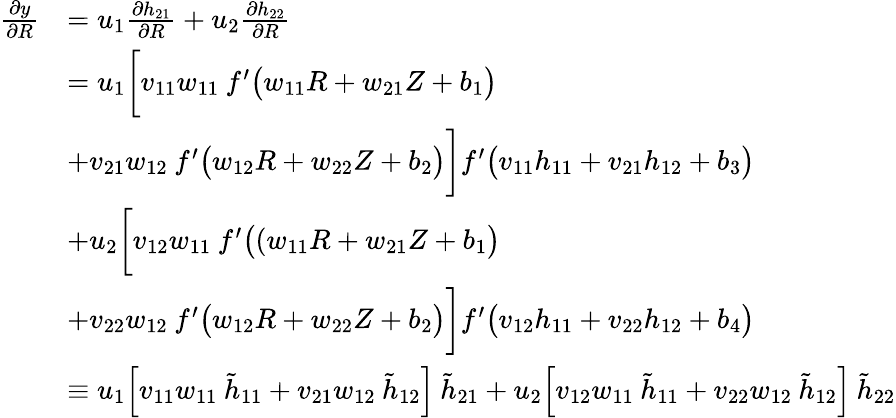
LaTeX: \begin{array}{rl}{\frac{\partial y}{\partial R}}&{=u_{1}\frac{\partial h_{21}}{\partial R}+u_{2}\frac{\partial h_{22}}{\partial R}}\\ &{=u_{1}\biggl[v_{11}w_{11}\: f^{\prime}\big(w_{11}R+w_{21}Z+b_{1}\big)}\\ &{+v_{21}w_{12}\: f^{\prime}\big(w_{12}R+w_{22}Z+b_{2}\big)\biggl]f^{\prime}\big(v_{11}h_{11}+v_{21}h_{12}+b_{3}\big)}\\ &{+u_{2}\biggl[v_{12}w_{11}\: f^{\prime}\big((w_{11}R+w_{21}Z+b_{1}\big)}\\ &{+v_{22}w_{12}\: f^{\prime}\big(w_{12}R+w_{22}Z+b_{2}\big)\biggl]f^{\prime}\big(v_{12}h_{11}+v_{22}h_{12}+b_{4}\big)}\\ &{\equiv u_{1}\Big[v_{11}w_{11}\: \tilde{h}_{11}+v_{21}w_{12}\: \tilde{h}_{12}\Big]\: \tilde{h}_{21}+u_{2}\Big[v_{12}w_{11}\: \tilde{h}_{11}+v_{22}w_{12}\: \tilde{h}_{12}\Big]\: \tilde{h}_{22}}\end{array}